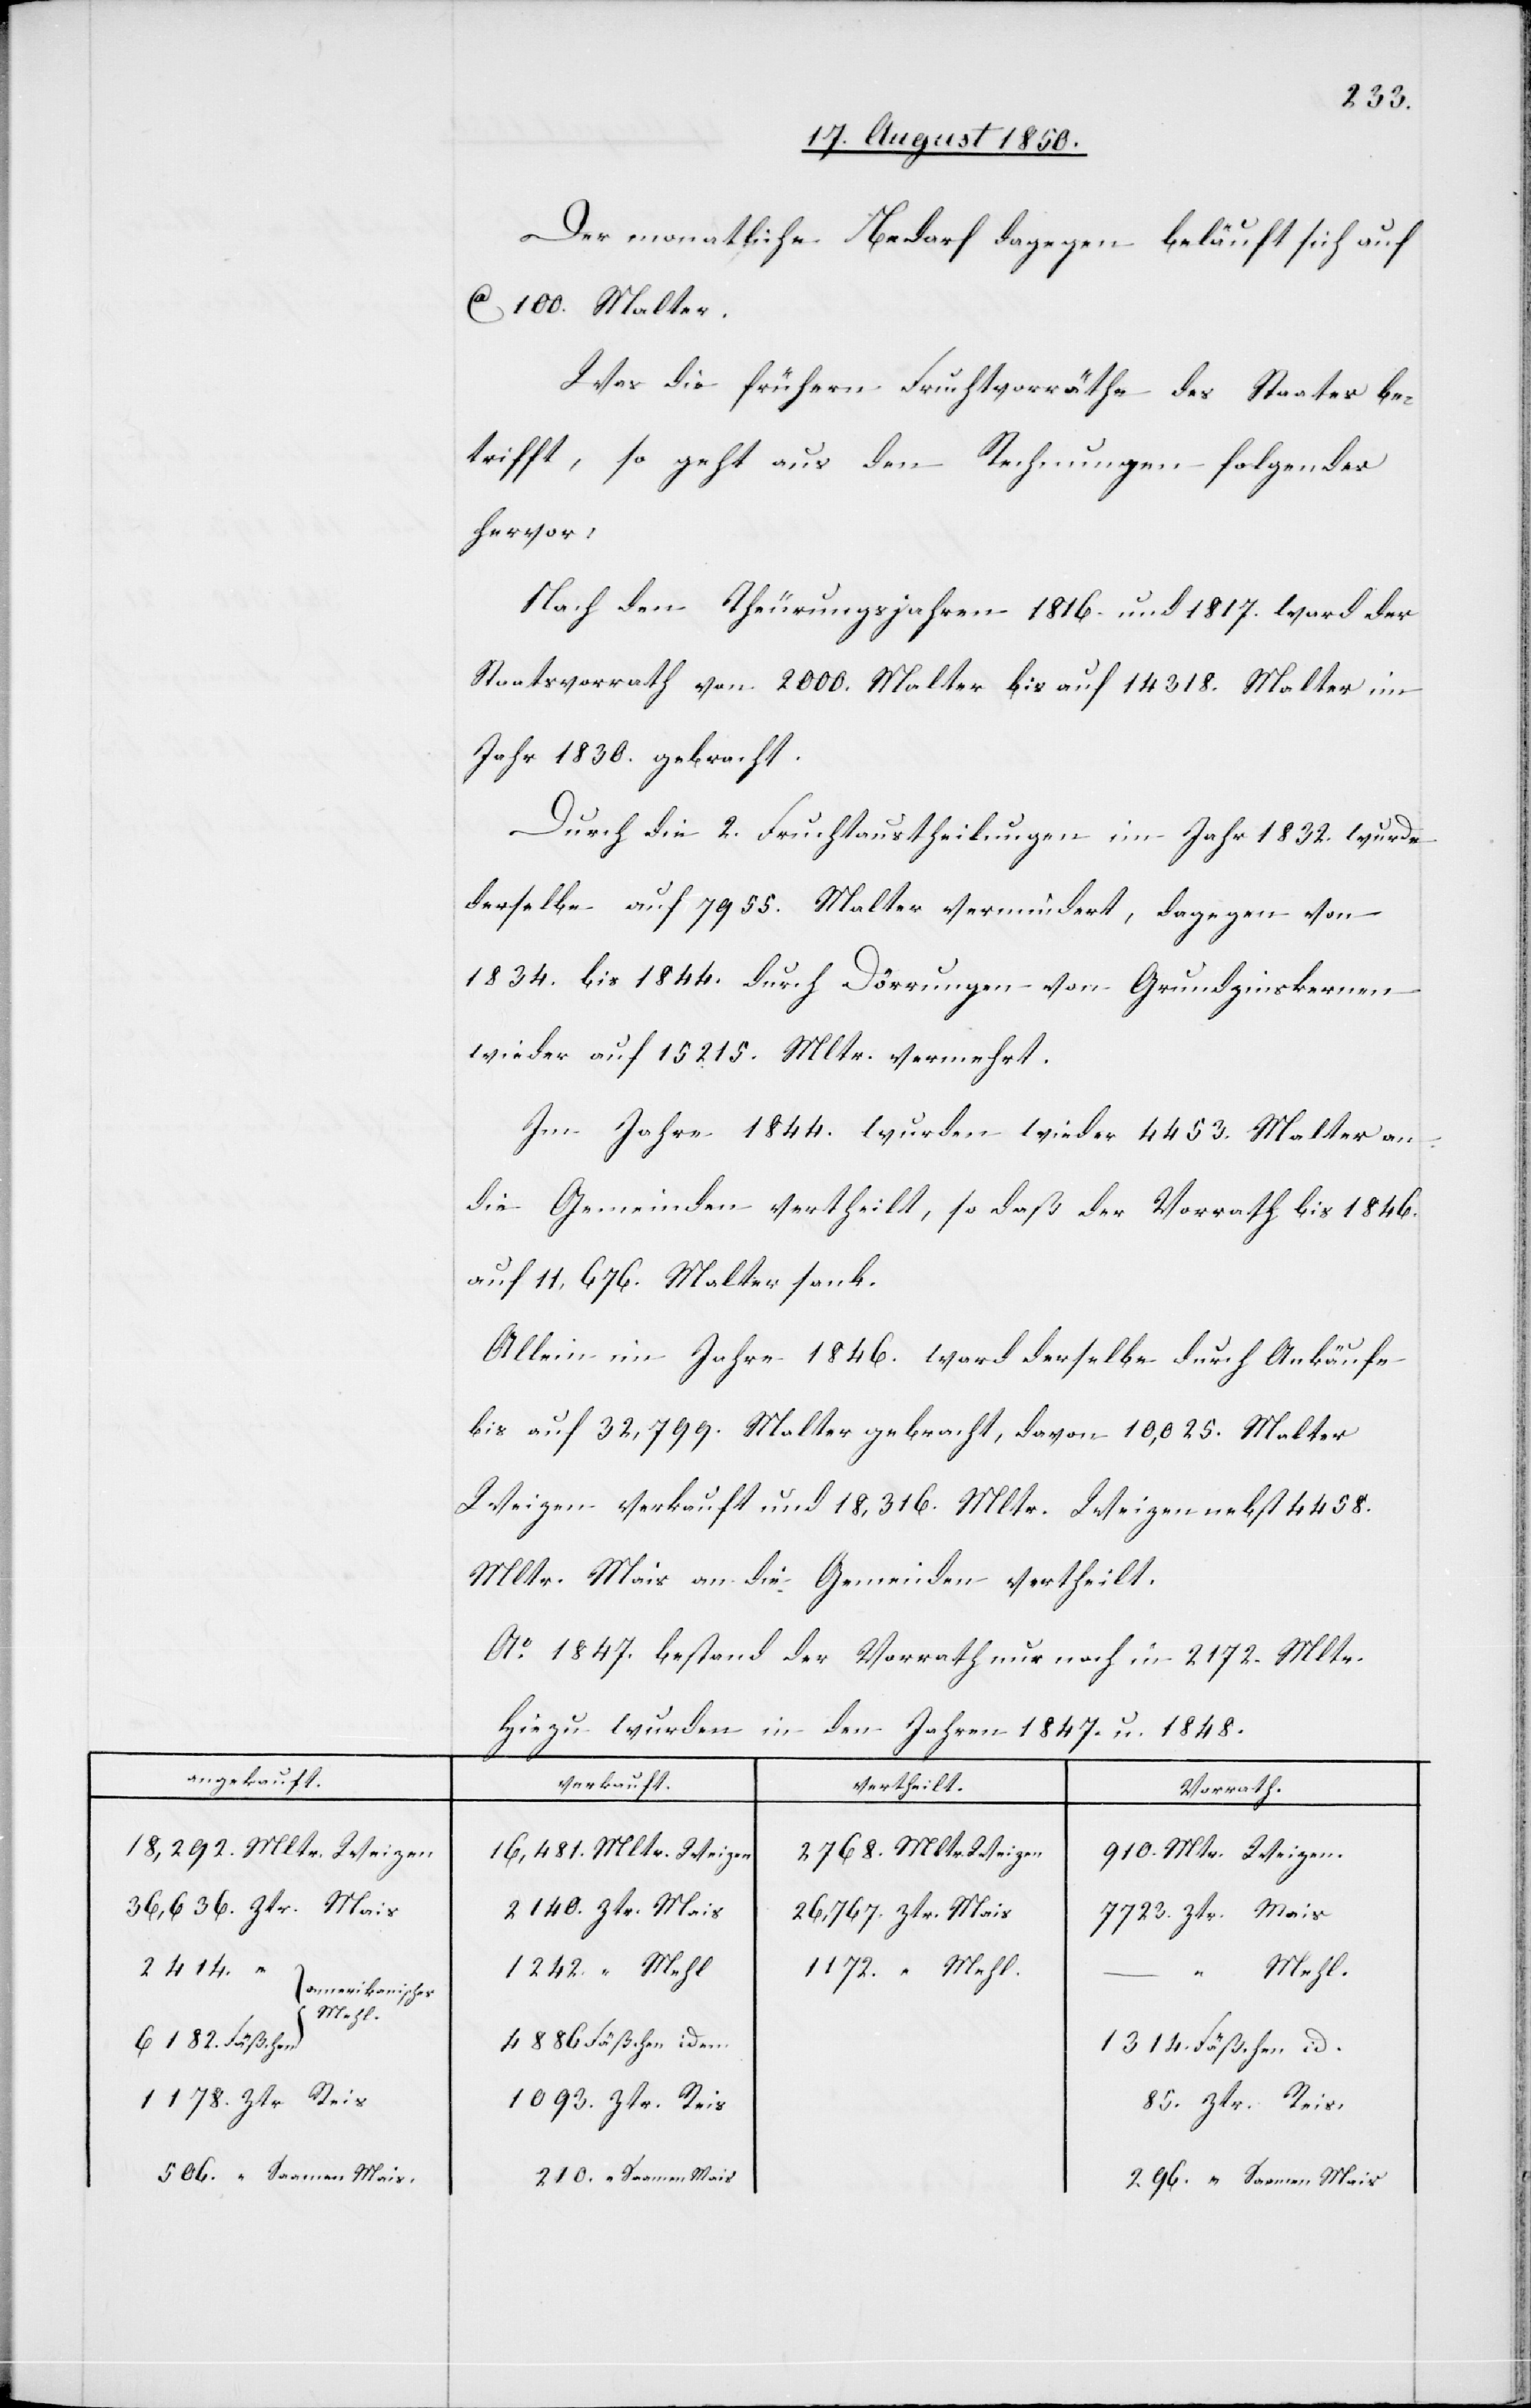
angekauft.
18,292. Mltr. Weizen
36,636. Ztr. Mais
2414.
[amerikanisches
Mehl
6182 Fäßchen
1178. Ztr Reis

Der monatliche Bedarf dagegen beläuft sich auf
ca 100. Malter.
Was die frühern Fruchtvorräthe des Staates be¬
trifft, so geht aus den Rechnungen folgendes
hervor:
Nach den Theurungsjahren 1816. und 1817. ward der
Staatsvorrath von 2000. Malter bis auf 14 318. Malter im
Jahr 1830. gebracht.
Durch die 2. Fruchtaustheilungen im Jahr 1832. wurde
derselbe auf 7955. Malter vermindert, dagegen von
1834. bis 1844. durch Dörrungen von Grundzinskernen
wieder auf 15 215. Mltr. vermehrt.
Im Jahre 1844. wurden wieder 4453. Malter an
die Gemeinden vertheilt, so daß der Vorrath bis 1846.
auf 11,676. Malter sank.
Allein im Jahre 1846. ward derselbe durch Ankäufe
bis auf 32,799. Malter gebracht, davon 10,025. Malter
Weizen verkauft und 18,316. Mltr. Weizen nebst 4458.
Mltr. Mais an die Gemeinden vertheilt.
Ao 1847. bestand der Vorrath noch in 2172. Mltr.
Hiezu wurden in den Jahren 1847. u. 1848.
16,481. Mltr. 		Weizen
2768. Mltr. Weizen
910. Mltr. Weizen
2140. Zt. Mais
26,767. Ztr. Mais
7723. Ztr. Mais
1172 “ Mehl
1242 “ Mehl
Mehl]
4886 Fäßchen
1314. Fäßchen 		id.
1093. Ztr. Reis
85. Ztr. Reis.
296. “ 	Saamen Mais